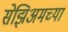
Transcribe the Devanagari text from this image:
सेझिअमच्या